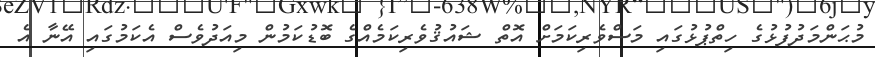
މުޙަންމަދުފުޅުގެ ހިތްޕުޅުގައި މަސްވެރިކަމަށް އޮތް ޝައުޤުވެރިކަމެއްގެ ބޮޑުކަމުން މިއަދުވެސް އެކަމުގައި އޭނާ އެ